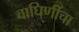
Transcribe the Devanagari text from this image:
वाघिणींचा